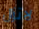
لاتزال